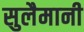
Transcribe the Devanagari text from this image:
सुलैमानी